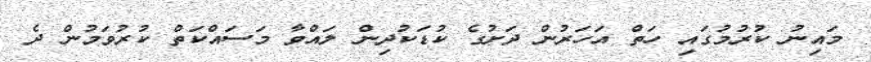
މައިނު ކުރުމުގައި ހަތް އަހަރުން ދަށުގެ ކުޑަކުދިން ލައްވާ މަސައްކަތް ކުރުވަމުން ދެ